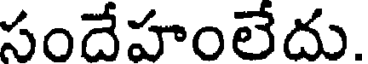
సందేహంలేదు.